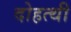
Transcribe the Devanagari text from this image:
दोहत्थी